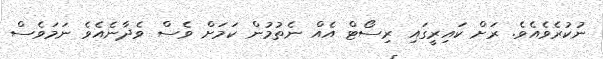
ނުކުރެވެއެވެ. ރަށް ކައިރީގައި ރިސޯޓް އެއް ނެތުމުން ކަމަށް ވެސް ވެދާނެއެވެ ނަމަވެސް